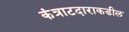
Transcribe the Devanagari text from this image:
कंत्राटदाराकडील